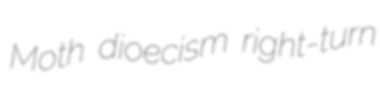
Moth dioecism right-turn